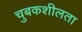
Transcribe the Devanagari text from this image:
चुबकशीलता